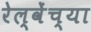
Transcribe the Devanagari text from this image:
रेल्वेंच्या